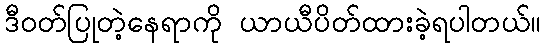
ဒီဝတ်ပြုတဲ့နေရာကို ယာယီပိတ်ထားခဲ့ရပါတယ်။